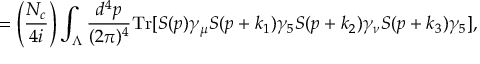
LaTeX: = \left( \frac { N _ { c } } { 4 i } \right) \int _ { \Lambda } \frac { d ^ { 4 } p } { ( 2 \pi ) ^ { 4 } } \mathrm { T r } [ S ( p ) \gamma _ { \mu } S ( p + k _ { 1 } ) \gamma _ { 5 } S ( p + k _ { 2 } ) \gamma _ { \nu } S ( p + k _ { 3 } ) \gamma _ { 5 } ] ,